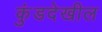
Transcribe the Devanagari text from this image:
कुंडदेखील